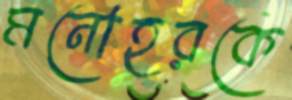
মনোহরকে